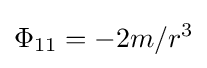
\Phi _{11}=-2m/r^{3}